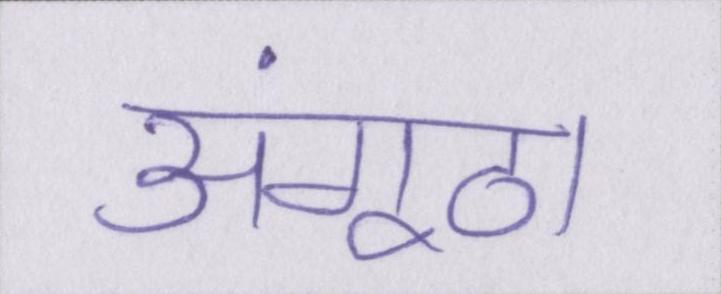
अंगूठा